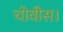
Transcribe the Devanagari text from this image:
चोवीस।